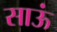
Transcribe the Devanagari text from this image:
साऊं